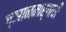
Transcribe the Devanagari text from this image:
ज्ञानमार्गाची